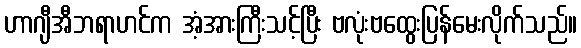
ဟာဂျီအီဘရာဟင်က အံ့အားကြီးသင့်ပြီး ဗလုံးဗထွေးပြန်မေးလိုက်သည်။